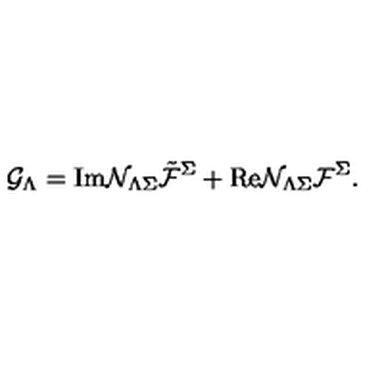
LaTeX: { \cal G } _ { \Lambda } = \mathrm { I m } { \cal N } _ { \Lambda \Sigma } { \tilde { \cal F } } ^ { \Sigma } + \mathrm { R e } { \cal N } _ { \Lambda \Sigma } { \cal F } ^ { \Sigma } .